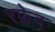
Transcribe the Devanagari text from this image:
रफ़ेद